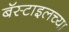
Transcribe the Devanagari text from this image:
बॅस्टाइलच्या